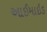
આઈમાઇડ